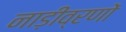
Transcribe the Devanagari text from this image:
नाड़ीव्रणों